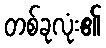
တစ်ခုလုံး၏